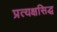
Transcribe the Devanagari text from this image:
प्रत्यक्षसिद्ध